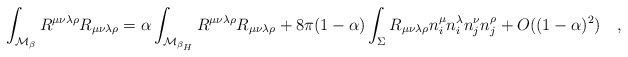
\begin{align*}\int_{{\cal M}_{\beta}}R^{\mu\nu\lambda\rho}R_{\mu\nu\lambda\rho}=\alpha\int_{{\cal M}_{\beta _H}}R^{\mu\nu\lambda\rho}R_{\mu\nu\lambda\rho}+8\pi(1-\alpha)\int_{\Sigma}R_{\mu\nu\lambda\rho}n^{\mu}_in^{\lambda}_in^{\nu}_j n^{\rho}_j+O((1-\alpha)^2)~~~,\end{align*}